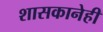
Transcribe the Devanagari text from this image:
शासकानेही